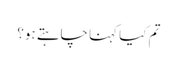
تم کیا کہنا چاہتے ہو؟